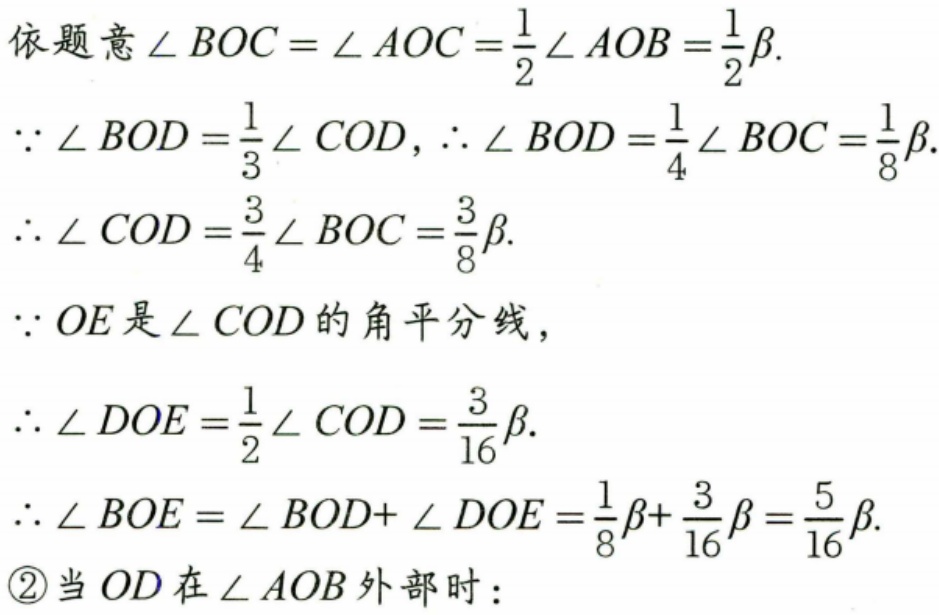
依题意\(\angle BOC = \angle AOC=\frac{1}{2}\angle AOB=\frac{1}{2}\beta\).
\(\because\angle BOD = \frac{1}{3}\angle COD\)，\(\therefore\angle BOD=\frac{1}{4}\angle BOC=\frac{1}{8}\beta\).
\(\therefore\angle COD=\frac{3}{4}\angle BOC=\frac{3}{8}\beta\).
\(\because OE\)是\(\angle COD\)的角平分线，
\(\therefore\angle DOE=\frac{1}{2}\angle COD=\frac{3}{16}\beta\).
\(\therefore\angle BOE=\angle BOD + \angle DOE=\frac{1}{8}\beta+\frac{3}{16}\beta=\frac{5}{16}\beta\).
\textcircled{2}当 \(OD\) 在\(\angle AOB\)外部时：